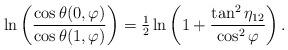
LaTeX: \begin{align*}\ln\left(\frac{\cos\theta(0,\varphi)}{\cos\theta(1,\varphi)}\right)= {\textstyle{1\over2}} \ln\left( 1 + \frac{\tan^2\eta_{12}}{\cos^2\varphi}\right) .\end{align*}